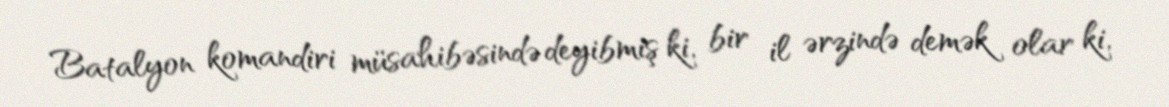
Batalyon komandiri müsahibəsində deyibmiş ki, bir il ərzində demək olar ki,